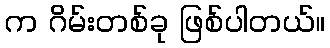
က ဂိမ်းတစ်ခု ဖြစ်ပါတယ်။